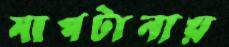
সাপটানায়